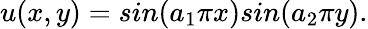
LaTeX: u(x,y)=sin(a_{1}\pi x)sin(a_{2}\pi y).